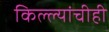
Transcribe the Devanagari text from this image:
किल्ल्यांचीही